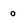
Character: 0